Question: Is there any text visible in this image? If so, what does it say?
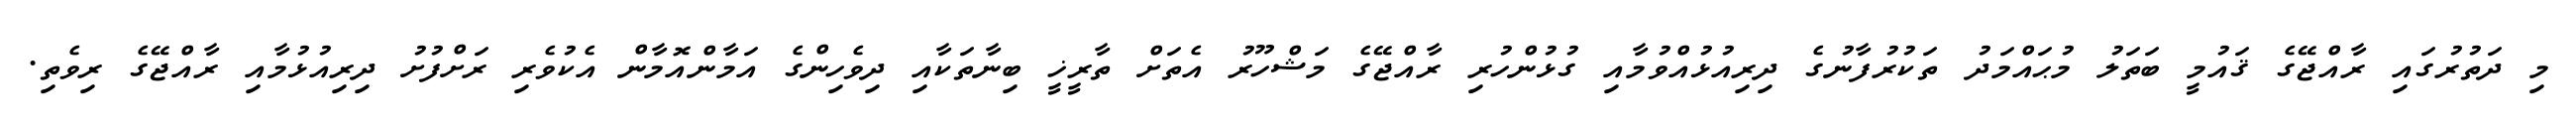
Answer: މި ދަތުރުގައި ރާއްޖޭގެ ޤައުމީ ބަތަލު މުޙައްމަދު ތަކުރުފާނުގެ ދިރިއުޅުއްވުމާއި ގުޅުންހުރި ރާއްޖޭގެ މަޝްހޫރު އެތަށް ތާރީޚީ ބިނާތަކާއި ދިވެހިންގެ އަމާންއޮމާން އެކުވެރި ރަށްފުށު ދިރިއުޅުމާއި ރާއްޖޭގެ ރިވެތި.